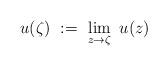
LaTeX: \begin{align*}u(\zeta)\ :=\ \lim\limits_{z\to\zeta}\ u(z)\end{align*}